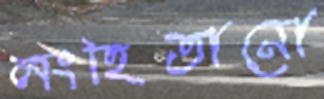
লংহিতানো